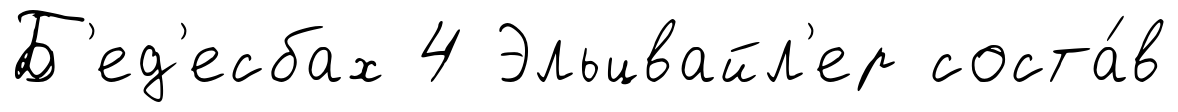
Б'ед'есбах 4 Эльцвайл'ер соста́в